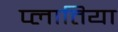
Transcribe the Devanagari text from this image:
प्लातिया